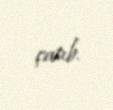
çatıb.